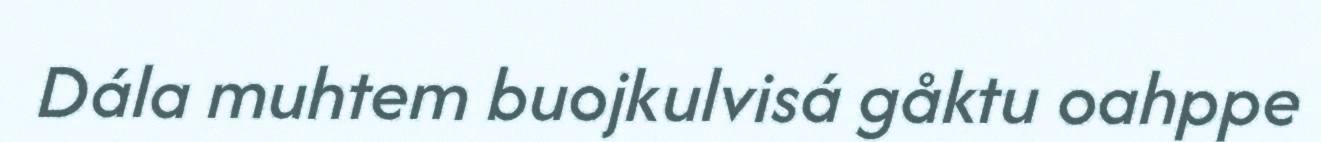
Dála muhtem buojkulvisá gåktu oahppe